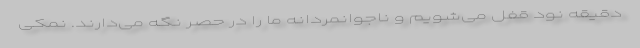
دقیقه نود قفل می‌شویم و ناجوانمردانه ما را در حصر نگه می‌دارند. نمکی